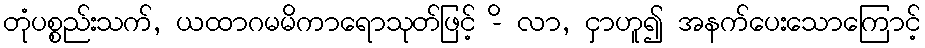
တုံပစ္စည်းသက်, ယထာဂမမိကာရောသုတ်ဖြင့် -ိ လာ, ငှာဟူ၍ အနက်ပေးသောကြောင့်